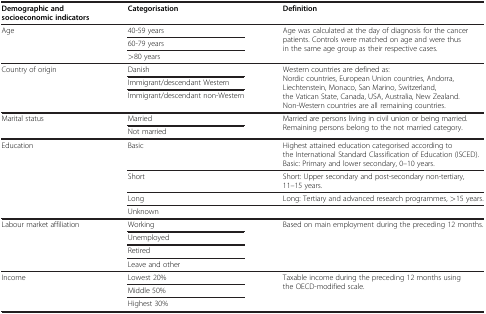
| Demographic and socioeconomic indicators | Categorisation | Definition |
 | --- | --- | --- |
 | <ROWSPAN=3> Age | 40-59 years | <ROWSPAN=3> Age was calculated at the day of diagnosis for the cancer patients. Controls were matched on age and were thus in the same age group as their respective cases. |
 | 60-79 years |
 | >80 years |
 | <ROWSPAN=3> Country of origin | Danish | <ROWSPAN=3> Western countries are defined as: Nordic countries, European Union countries, Andorra, Liechtenstein, Monaco, San Marino, Switzerland, the Vatican State, Canada, USA, Australia, New Zealand. Non-Western countries are all remaining countries. |
 | Immigrant/descendant Western |
 | Immigrant/descendant non-Western |
 | <ROWSPAN=2> Marital status | Married | <ROWSPAN=2> Married are persons living in civil union or being married. Remaining persons belong to the not married category. |
 | Not married |
 | <ROWSPAN=4> Education | Basic | Highest attained education categorised according to the International Standard Classification of Education (ISCED). Basic: Primary and lower secondary, 0–10 years. |
 | Short | Short: Upper secondary and post-secondary non-tertiary, 11–15 years. |
 | Long | Long: Tertiary and advanced research programmes, >15 years. |
 | Unknown |  |
 | <ROWSPAN=4> Labour market affiliation | Working | <ROWSPAN=4> Based on main employment during the preceding 12 months. |
 | Unemployed |
 | Retired |
 | Leave and other |
 | <ROWSPAN=3> Income | Lowest 20% | <ROWSPAN=3> Taxable income during the preceding 12 months using the OECD-modified scale. |
 | Middle 50% |
 | Highest 30% |